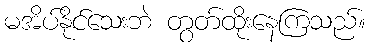
မအိပ်နိုင်သေးဘဲ တွတ်ထိုးနေကြသည်။